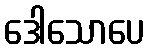
ဒေါသောပေ